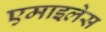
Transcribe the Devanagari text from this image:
एमाइलेस